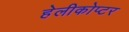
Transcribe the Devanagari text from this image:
हेलीकोप्टर